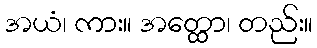
အယံ၊ ကား။ အတ္ထော၊ တည်း။